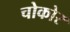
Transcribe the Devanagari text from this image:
चोकोर